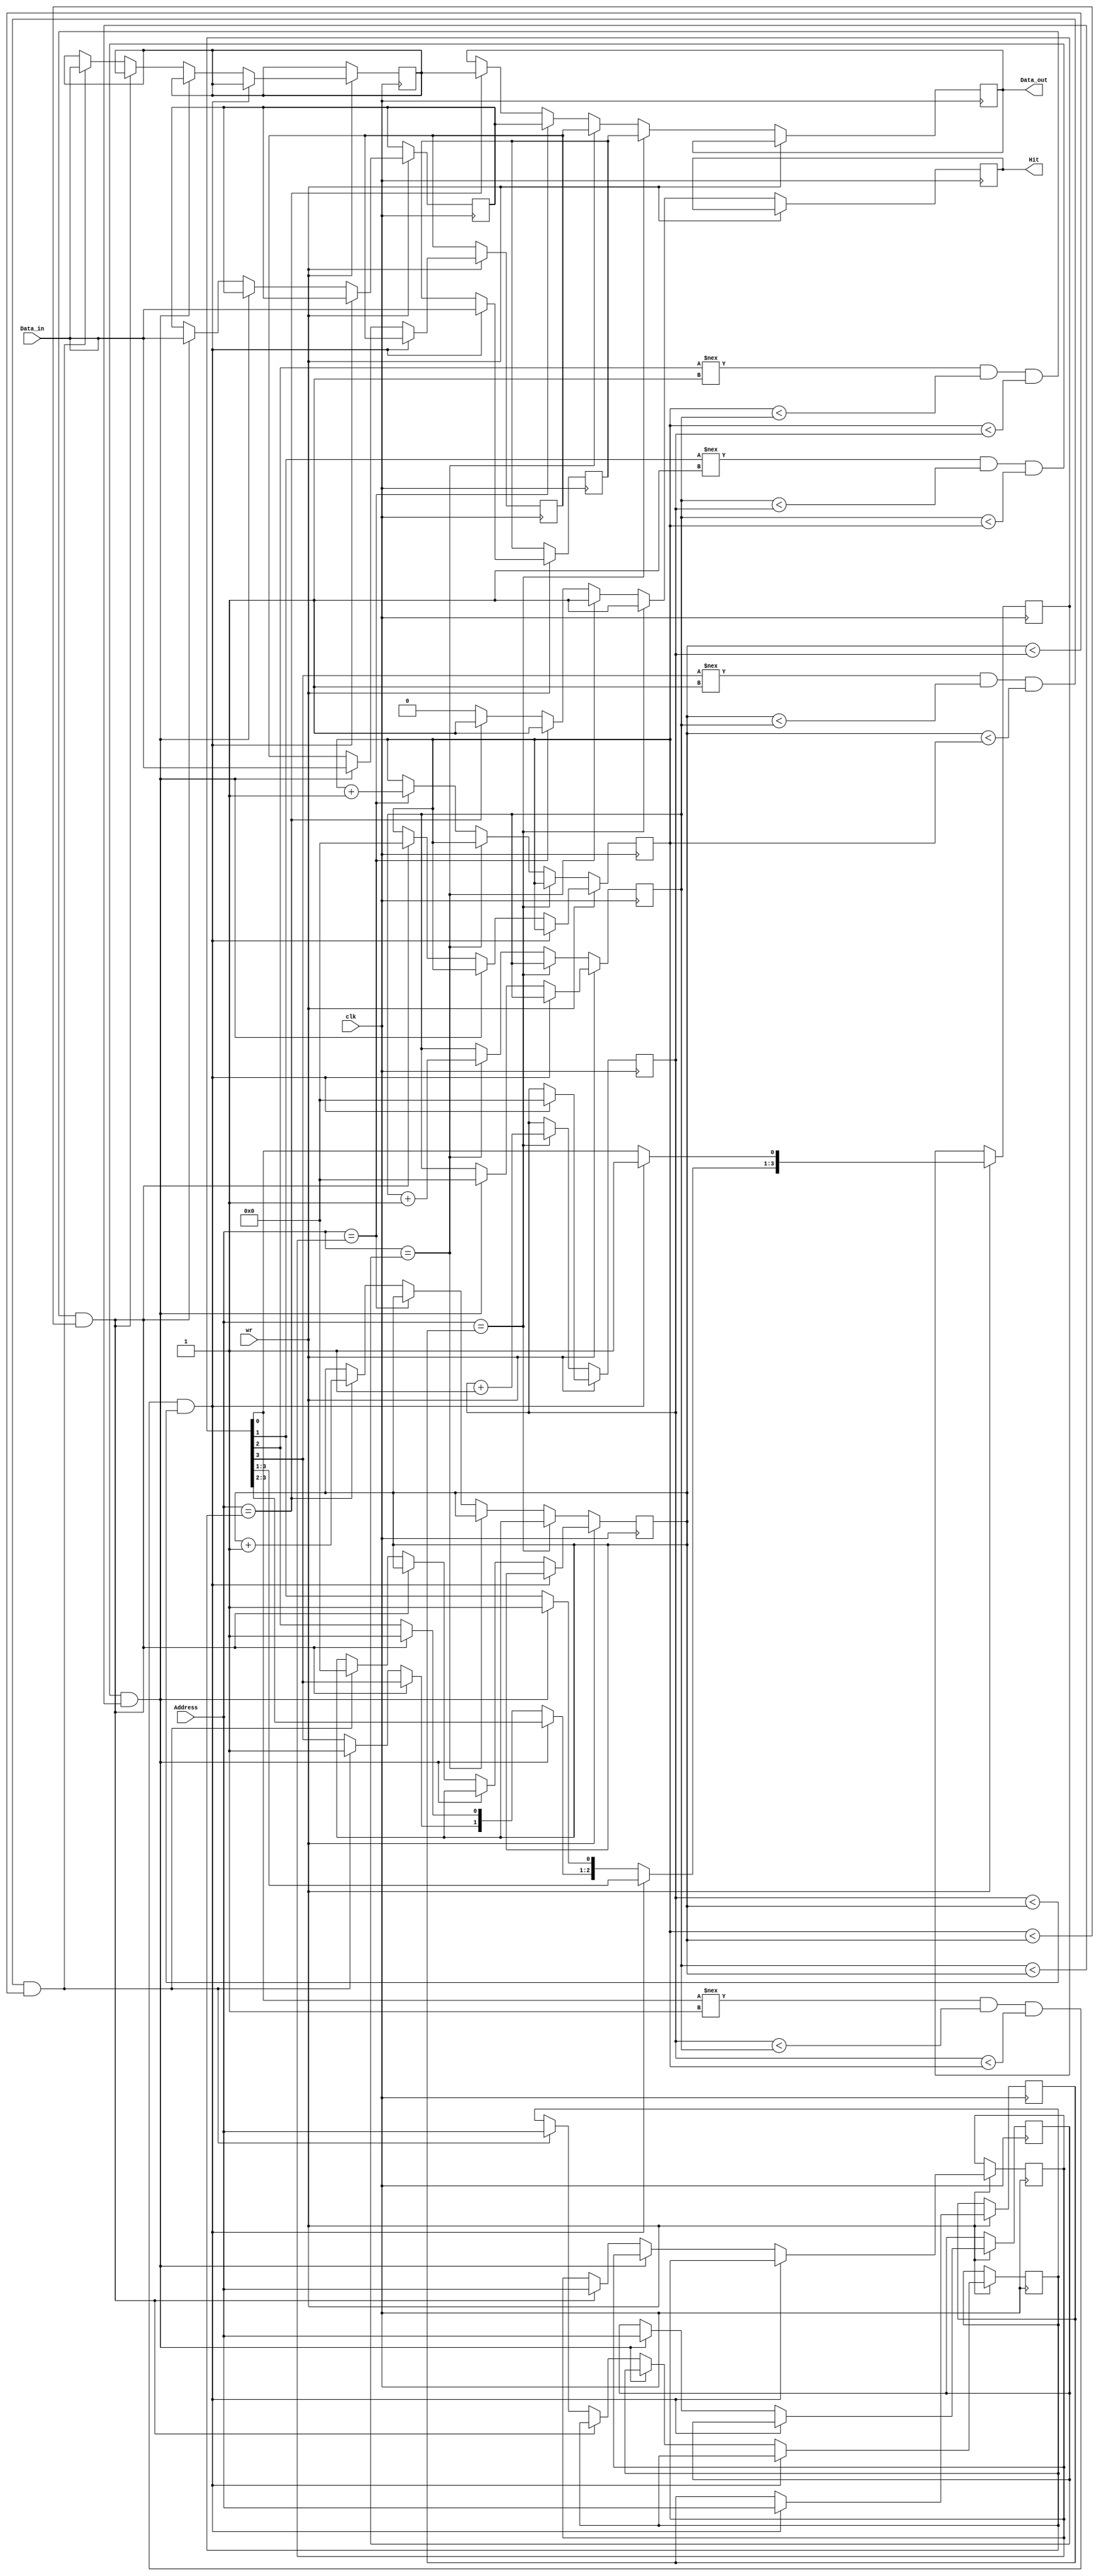
module associative_memory(clk,wr,Address,Data_in,Data_out,Hit);
	input [3:0] Address,Data_in;
 	input wr,clk;
   	output [3:0] Data_out;
   	output Hit;
	
	//out-put temporal register for Cache
	reg [3:0] _tmpDout;
	reg hit;

		 
	 //cache Addressess
	 reg [3:0] Addressess [3:0];
	 //cache data
	 reg [3:0] data [3:0];
	 
	//validation check for write data
	reg [3:0] valid;
	
	// setup a counter to check wirte data in proper place (1 line -> 2nd line -> 3rd line -> 4th line)
	reg[3:0] rowN1_en;
	reg[3:0] rowN2_en;
	reg[3:0] rowN3_en;
	reg[3:0] rowN4_en;
	
	
	assign Data_out = _tmpDout;
	assign Hit = hit;
	
	 always @(posedge clk) begin
		// READ
		if (wr == 1'b0) begin
			if (Address == Addressess[0])begin
				_tmpDout <= data[0];
				hit <= 1'b1;
				rowN1_en <=rowN1_en+1;

			end
			else if (Address == Addressess[1])begin
				_tmpDout <= data[1];
				hit <= 1'b1;
				rowN2_en <=rowN2_en+1;
			end
			else if (Address == Addressess[2])begin
				_tmpDout <= data[2];
				hit <= 1'b1;
				rowN3_en <=rowN3_en+1;
			end
			else if (Address == Addressess[3])begin
				_tmpDout <= data[3];
				hit <= 1'b1;
				rowN4_en <=rowN4_en+1;
			end
			else
				hit <= 1'b0;
		end
		// WRITE
		else begin
			if (valid[0] !== 1'b1 && rowN1_en<rowN2_en && rowN1_en<rowN3_en && rowN1_en<rowN4_en)begin
				data[0] <= Data_in;
				Addressess[0] <= Address;
				valid[0] = 1'b1;
				rowN1_en<= 4'b0000;
				
			end
			else if (valid[1] !==  1'b1 && rowN2_en<rowN1_en && rowN2_en<rowN3_en && rowN2_en<rowN4_en)begin
				data[1] <= Data_in;
				Addressess[1] <= Address;
				valid[1] = 1'b1;
				rowN2_en<= 4'b0000;
				
			end
			else if (valid[2] !==  1'b1 && rowN3_en<rowN2_en && rowN3_en<rowN1_en && rowN3_en<rowN4_en)begin
				data[2] <= Data_in;
				Addressess[2] <= Address;
				valid[2] = 1'b1;	
				rowN3_en<= 4'b0000;			
			end
			else if (valid[3] !== 1'b1 && rowN4_en < rowN2_en && rowN4_en<rowN3_en && rowN4_en<rowN1_en)begin
				data[3] <= Data_in;
				Addressess[3] <= Address;
				valid[3] = 1'b1;	
				rowN4_en<= 4'b0000;			
			end

		end
			
		 
			
	 end

	 		
endmodule